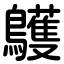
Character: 鸌